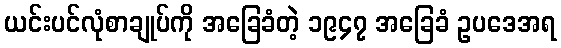
ယင်းပင်လုံစာချုပ်ကို အခြေခံတဲ့ ၁၉၄၇ အခြေခံ ဥပဒေအရ